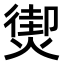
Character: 𤎇